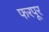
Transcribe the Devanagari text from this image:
फरपूर